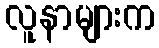
လူနာများက